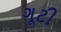
ગૂટી